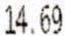
14.69